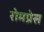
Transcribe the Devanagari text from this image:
रोमप्रेस